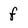
Character: f